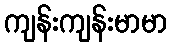
ကျန်းကျန်းမာမာ